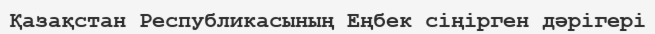
Қазақстан Республикасының Еңбек сіңірген дәрігері